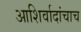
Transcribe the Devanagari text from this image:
आशिर्वादांचाच